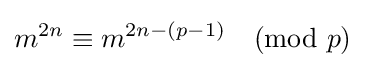
m^{2n}\equiv m^{2n-(p-1)}{\pmod {p}}